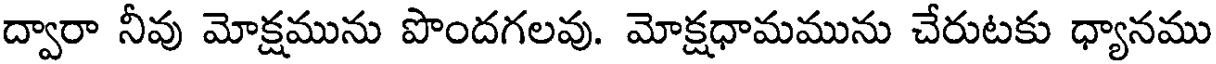
ద్వారా నీవు మోక్షమును పొందగలవు. మోక్షధామమును చేరుటకు ధ్యానము